Vaccination in the Punjab 1883-1896 - 1883-1896
Year: 1883
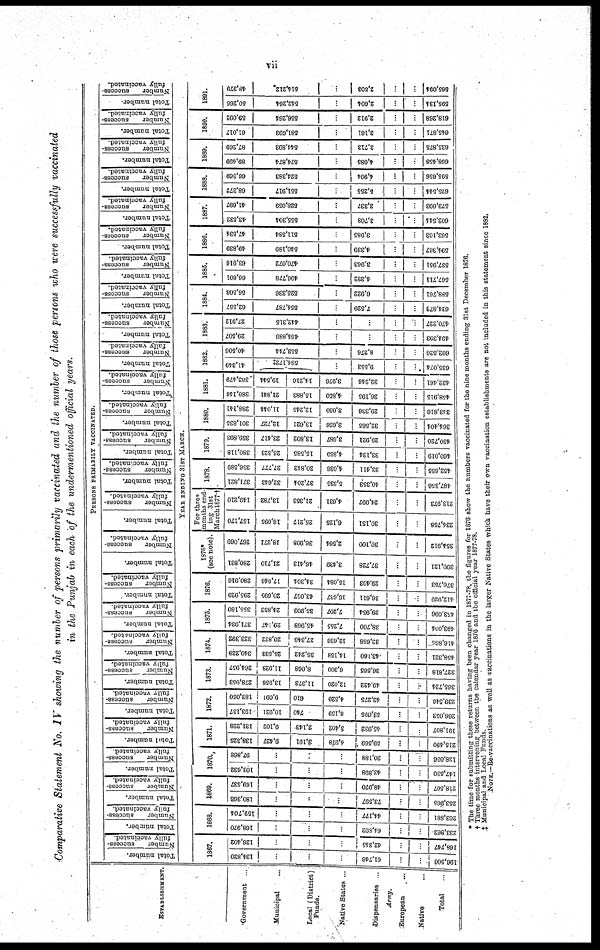
vii
Comparative Statement No. IV showing the number of persons primarily vaccinated and the number of those persons who were successfully vaccinated
in the Punjab in each of the undermentioned official years.
ESTABLISHMENT.
Government ...
Municipal ...
Local (District)
Funds.
Native States ...
Dispensaries ..
Army.
European
...
Native
...
Total
...
PERSONS PRIMARILY VACCINATED.
Total number.
Number
success¬
fully
vaccinated.
Total number.
Number
success¬
fully
vaccinated.
Total number.
Number
success¬
fully
vaccinated.
Total number.
Number
success¬
fully
vaccinated.
Total number.
Number
success¬
fully
vaccinated.
Total number.
Number
success¬
fully
vaccinated.
Total number.
Number
success¬
fully
vaccinated.
Total number.
Number
success¬
fully
vaccinated.
Total number.
Number
success¬
fully
vaccinated.
Total number.
Number
success-
fully vaccinated
Total number.
Number
success¬
fully vaccinated.
Total number.
Number
success-
fully vaccinated.
Total number.
Number
success-
fully vaccinated.
Total number.
Number
success-
fully vaccinated.
Total number.
Number
success¬
fully
vaccinated.
Total number.
Number
success¬
fully
vaccinated.
Total number.
Number
success¬
fully
vaccinated.
Total number.
Number
success¬
fully
vaccinated.
Total number.
Number
success¬
fully
vaccinated.
Total number.
Number
success¬
fully
vaccinated.
Total number.
Number
success¬
fully
vaccinated.
Total number.
Number
success¬
fully
vaccinated.
Total number.
Number
success-
fully vaccinated.
Total number.
Number
success-
fully vaccinated
Total number.
Number
success-
fully vaccinated.
Total number
Number
success-
fully vaccinated.
YEAR ENDING 31ST MARCH.
1867.
134,820
...
...
...
61,746
...
...
196,500
126,402
...
...
...
42,345
...
...
168,747
1868.
168,970
...
...
...
64,802
...
...
233,862
159,704
...
...
...
44,177
...
...
203,881
1869.
180,368
...
...
...
73,597
...
...
253,065
169,537
...
...
...
48,970
...
...
218,507
1870.
103,632
...
...
...
43,898
...
...
147,530
97,868
...
...
...
30,188
...
...
128,056
1871.
138,325
9,427
3,191
4,978
59,569
...
...
215,490
131,228
9,102
2,143
3,402
45,932
...
...
191,807
1872.
193,137
10,921
740
8,159
53,095
...
...
266,052
183,050
9,091
610
4,520
42,275
...
...
239,546
1873.
278,953
13,956
11,373
12,020
49,422
...
...
365,724
264,957
11,928
8,068
6,300
36,565
...
...
327,818
1874.
340,228
25,533
35,242
14,158
43,160
...
...
458,321
323,392
20,822
27,346
12,636
32,668
...
...
416,804
1875.
371,934
29,147
45,968
7,255
38,700
...
...
493,004
355,180
24,852
35,903
7,207
29,954
...
...
453,096
1876.
295,929
20,695
43,057
16,637
36,611
...
...
412,029
280,916
17,046
34,301
15,084
29,403
...
...
376,753
1876*
(see note).
280,831
21,710
46,413
3,430
37,728
...
...
390,121
267,069
18,271
36,908
2,564
30,100
...
...
354,912
For three
months end¬
ing 31st
March 1877.†
157,170
16,095
25,217
6,125
30,151
...
...
234,758
149,210
13,782
21,353
4,631
24,997
...
...
213,973
1878.
371,821
32,643
37,201
5,335
40,353
...
...
487,356
356,589
27,777
30,812
4,036
33,411
...
...
452,655
1879.
380,118
26,323
15,585
4,859
33,134
...
...
460,019
359,893
23,417
13,802
3,687
29,921
...
...
430,720
1880.
301,835
12,727
13,621
3,656
32,565
...
...
364,404
288,141
11,044
12,245
3,050
29,336
...
...
313,810
1881.
380,116
21,841
15,883
4,850
36,195
...
...
458,915
362,479
19,544
14,216
3,976
32,246
...
...
432,461
1882.
41,349
584,172
...
9,553
...
...
635,074
40,506
553,744
8,276
...
...
602,526
1883.
29,507
464,886
...
...
...
...
494,393
27,912
442,315
...
...
...
...
470,227
1884.
62,557
554,787
...
7,529
...
...
624,873
56,503
525,336
...
6,922
...
...
588,761
1885.
66,601
496,778
...
4,332
...
...
567,711
63,916
470,072
...
3,963
...
...
537,951
1886.
49,839
540,189
...
4,339
...
...
594,367
47,534
511,584
...
3,985
...
...
563,103
1887.
43,532
555,304
...
3,708
...
...
602,544
41,697
528,059
...
3,337
...
...
573,093
1888.
68,372
551,917
...
5,255
...
...
625,544
66,369
524,383
...
4,904
...
...
595,656
1889.
89,499
574,874
...
4,085
...
...
668,458
87,269
544,893
...
3,713
...
...
635,875
1890.
61,017
581,693
...
3,161
...
...
645,871
59,092
556,264
...
2,912
...
...
618,268
1891.
50,266
542,264
...
2,604
...
...
595,134
48,379
514,212
...
2,503
...
...
565,094
* The time for submitting these returns having been changed in 1877-78, the figures for 1876 show the numbers vaccinated for the nine months ending 31st December 1876.
† Three months intervening between the calendar year 1876 and the official year 1877-78.
‡ Municipal and Local Funds
NOTE.—Re-vaccinations as well as vaccinations in the larger Native States which have their own vaccination establishments are not included in this statement since 1882.